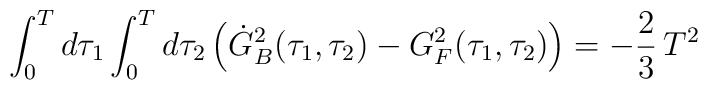
\int_0^T d\tau_1 \int_0^T d\tau_2\,\Bigl({\dot G_B}^2(\tau_1,\tau_2)-G_F^2(\tau_1,\tau_2)\Bigr)=  -{2\over3}\,T^2    \quad